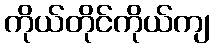
ကိုယ်တိုင်ကိုယ်ကျ